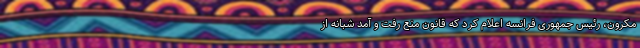
مکرون، رئیس جمهوری فرانسه اعلام کرد که قانون منع رفت و آمد شبانه از